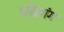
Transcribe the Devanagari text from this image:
चोडगंग